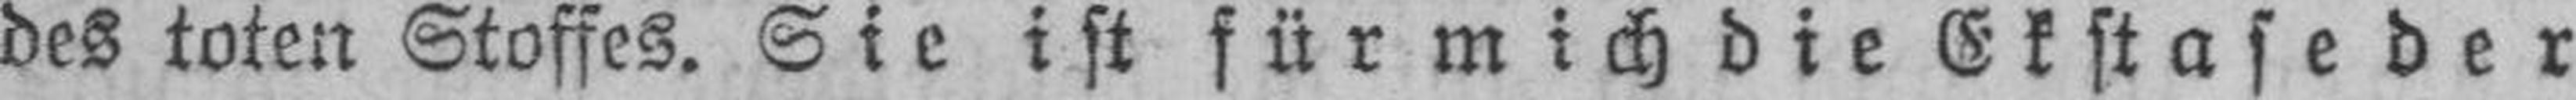
des toten Stoffes. Sie ist für mich die Ekstase der